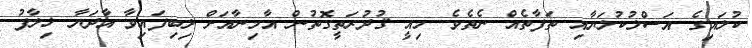
ކުލައިގެ އަސްލުކުލަޔާއި ތަފާތެއް ނެތެވެ. މިއީ ޤުދުރަތީގޮތުން އާމިނާއަށް ލިބިފައިވާ އާދަޔާ ޚިލާފު